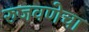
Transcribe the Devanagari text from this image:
रुजवणेचा